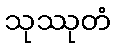
သုဿုတံ